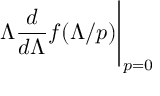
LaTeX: \Lambda \frac { d } { d \Lambda } f ( \Lambda / p ) \Bigg | _ { p = 0 }